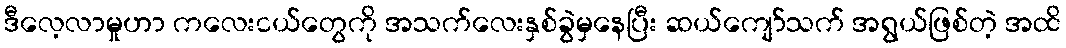
ဒီလေ့လာမှုဟာ ကလေးငယ်တွေကို အသက်လေးနှစ်ခွဲမှနေပြီး ဆယ်ကျော်သက် အရွယ်ဖြစ်တဲ့ အထိ